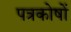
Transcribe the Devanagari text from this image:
पत्रकोषों